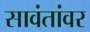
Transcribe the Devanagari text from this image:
सावंतांवर